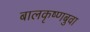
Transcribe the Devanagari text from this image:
बालकृष्णबुवा